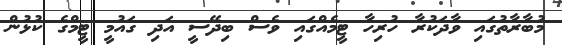
މުބާރާތުގައި ވާދަކުރާ ހުރިހާ ޓީމެއްގައި ވެސް ބިދޭސީ އަދި ގައުމީ ޓީމްގެ ކުޅުން